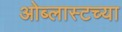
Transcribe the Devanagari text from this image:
ओब्लास्टच्या